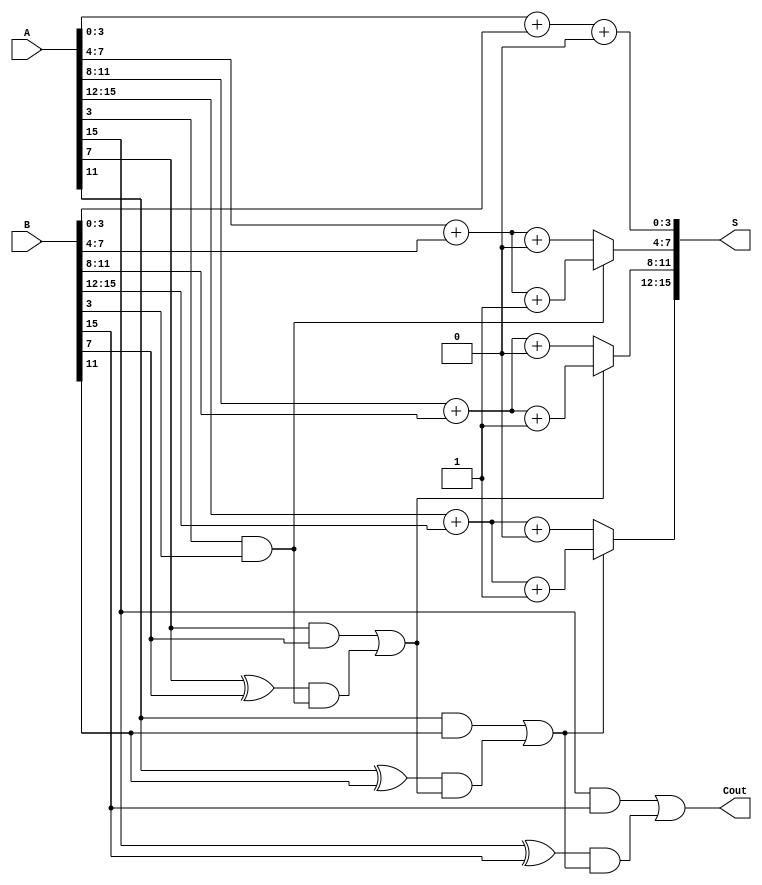
module HanCarlsonAdder #(parameter N = 16) (
    input [N-1:0] A, // First n-bit input
    input [N-1:0] B, // Second n-bit input
    output [N-1:0] S, // Sum output
    output Cout // Carry out
);

    // Number of groups based on the group size
    localparam GROUP_SIZE = 4; // 4-bit group size
    localparam NUM_GROUPS = N / GROUP_SIZE;

    // Internal wires for carries and sums
    wire [NUM_GROUPS-1:0] carry;
    wire [NUM_GROUPS-1:0] sum0 [NUM_GROUPS-1:0];
    wire [NUM_GROUPS-1:0] sum1 [NUM_GROUPS-1:0];

    // Generate the groups
    genvar i;
    generate
        for (i = 0; i < NUM_GROUPS; i = i + 1) begin : adder_group
            wire [GROUP_SIZE-1:0] A_group = A[(i+1)*GROUP_SIZE-1 -: GROUP_SIZE];
            wire [GROUP_SIZE-1:0] B_group = B[(i+1)*GROUP_SIZE-1 -: GROUP_SIZE];
            wire C_in = (i == 0) ? 1'b0 : carry[i-1]; // Carry in for the first group
            
            // Compute sum assuming carry-in is 0
            assign sum0[i] = A_group + B_group + 1'b0; 
            // Compute sum assuming carry-in is 1
            assign sum1[i] = A_group + B_group + 1'b1;

            // Compute carry out for the current group
            assign carry[i] = (A_group[GROUP_SIZE-1] & B_group[GROUP_SIZE-1]) | 
                              ((A_group[GROUP_SIZE-1] ^ B_group[GROUP_SIZE-1]) & C_in);
        end
    endgenerate

    // Select the correct sum based on carries
    generate
        for (i = 0; i < NUM_GROUPS; i = i + 1) begin : sum_selection
            // Select sum based on carry from previous group
            assign S[(i+1)*GROUP_SIZE-1 -: GROUP_SIZE] = (i == 0) ? sum0[i] :
                (carry[i-1] ? sum1[i] : sum0[i]);
        end
    endgenerate

    // Final carry out is the last group's carry
    assign Cout = carry[NUM_GROUPS-1];

endmodule